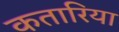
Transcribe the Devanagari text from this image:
कतारिया